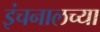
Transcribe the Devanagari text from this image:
इंचनालच्या